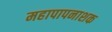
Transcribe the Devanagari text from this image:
महापापनाशक